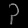
Digit: ၃